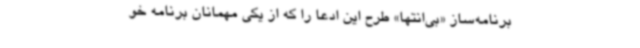
برنامه‌ساز «بی‌انتها» طرح این ادعا را که از یکی مهمانان برنامه خو